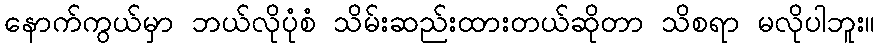
နောက်ကွယ်မှာ ဘယ်လိုပုံစံ သိမ်းဆည်းထားတယ်ဆိုတာ သိစရာ မလိုပါဘူး။